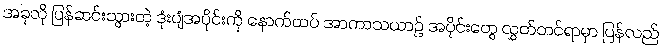
အခုလို ပြန်ဆင်းသွားတဲ့ ဒုံးပျံအပိုင်းကို နောက်ထပ် အာကာသယာဉ် အပိုင်းတွေ လွှတ်တင်ရာမှာ ပြန်လည်